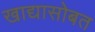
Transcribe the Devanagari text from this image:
खाद्यासोबत